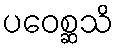
ပဝေစ္ဆသိ